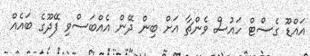
އައްޑޫ ގެސްޓް ހައުސް ވެންޗާ އަށް ބިން ދޭން އެއްބަސްވި ފޭދޫގެ ބައެއް